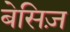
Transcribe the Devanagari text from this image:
बेसिज़